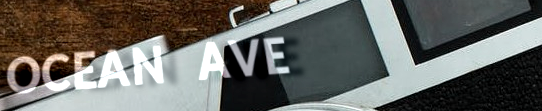
OCEAN AVE